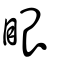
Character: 眼